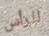
للرأس